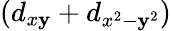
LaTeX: (d_{x\mathbf{y}}+d_{x^{2}-\mathbf{y}^{2}})